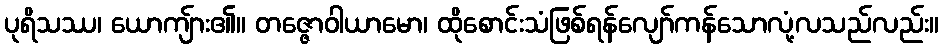
ပုရိသဿ၊ ယောကျ်ား၏။ တဇ္ဇောဝါယာမော၊ ထိုစောင်းသံဖြစ်ရန်လျော်ကန်သောလုံ့လသည်လည်း။